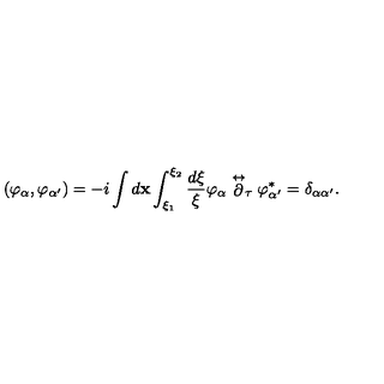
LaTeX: \left( \varphi _ { \alpha } , \varphi _ { \alpha ^ { \prime } } \right) = - i \int d { \mathbf x } \int _ { \xi _ { 1 } } ^ { \xi _ { 2 } } \frac { d \xi } { \xi } \varphi _ { \alpha } \stackrel { \leftrightarrow } { \partial } _ { \tau } \varphi _ { \alpha ^ { \prime } } ^ { * } = \delta _ { \alpha \alpha ^ { \prime } } .